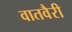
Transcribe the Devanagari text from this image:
वातवैरी